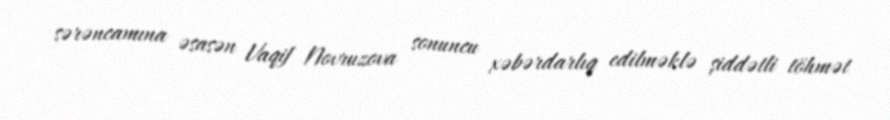
sərəncamına əsasən Vaqif Novruzova sonuncu xəbərdarlıq edilməklə şiddətli töhmət